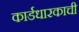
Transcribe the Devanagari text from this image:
कार्डधारकाची